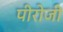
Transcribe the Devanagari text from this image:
पीरोजी